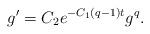
LaTeX: \begin{align*}g' = C_2 e^{-C_1(q-1)t} g^q.\end{align*}